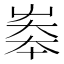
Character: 𡘶